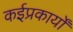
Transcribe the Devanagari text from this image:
कईप्रकार्यों